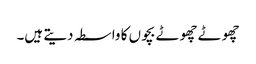
چھوٹے چھوٹے بچوں کا واسطہ دیتے ہیں۔